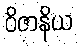
ဝိဇာနိယ